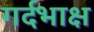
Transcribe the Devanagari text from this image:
गर्दभाक्ष